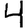
Digit: 4